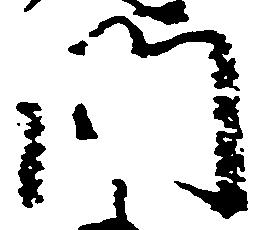
門